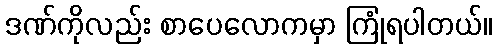
ဒဏ်ကိုလည်း စာပေလောကမှာ ကြုံရပါတယ်။